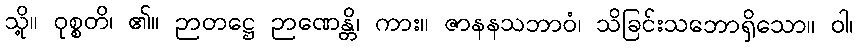
သို့။ ဝုစ္စတိ၊ ၏။ ဉာတဋ္ဌေ ဉာဏေန္တိ၊ ကား။ ဇာနနသဘာဝံ၊ သိခြင်းသဘောရှိသော။ ဝါ၊